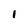
Character: 1